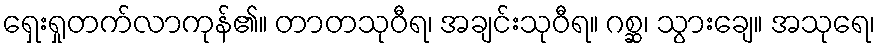
ရှေးရှုတက်လာကုန်၏။ တာတသုဝီရ၊ အချင်းသုဝီရ။ ဂစ္ဆ၊ သွားချေ။ အသုရေ၊